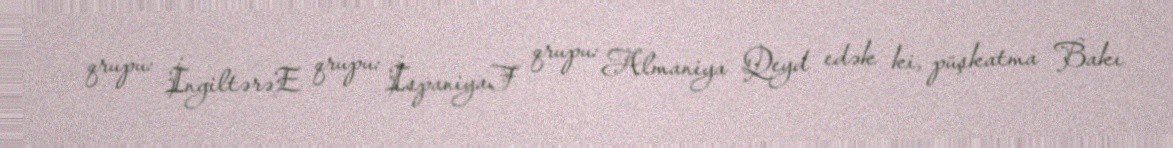
qrupu: İngiltərəE qrupu: İspaniyaF qrupu: Almaniya Qeyd edək ki, püşkatma Bakı